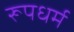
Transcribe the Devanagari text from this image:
रूपधर्म